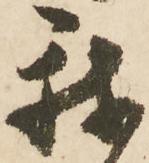
我